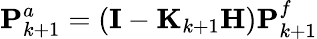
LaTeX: \mathbf{P}_{k+1}^{a}=(\mathbf{I}-\mathbf{K}_{k+1}\mathbf{H})\mathbf{P}_{k+1}^{f}